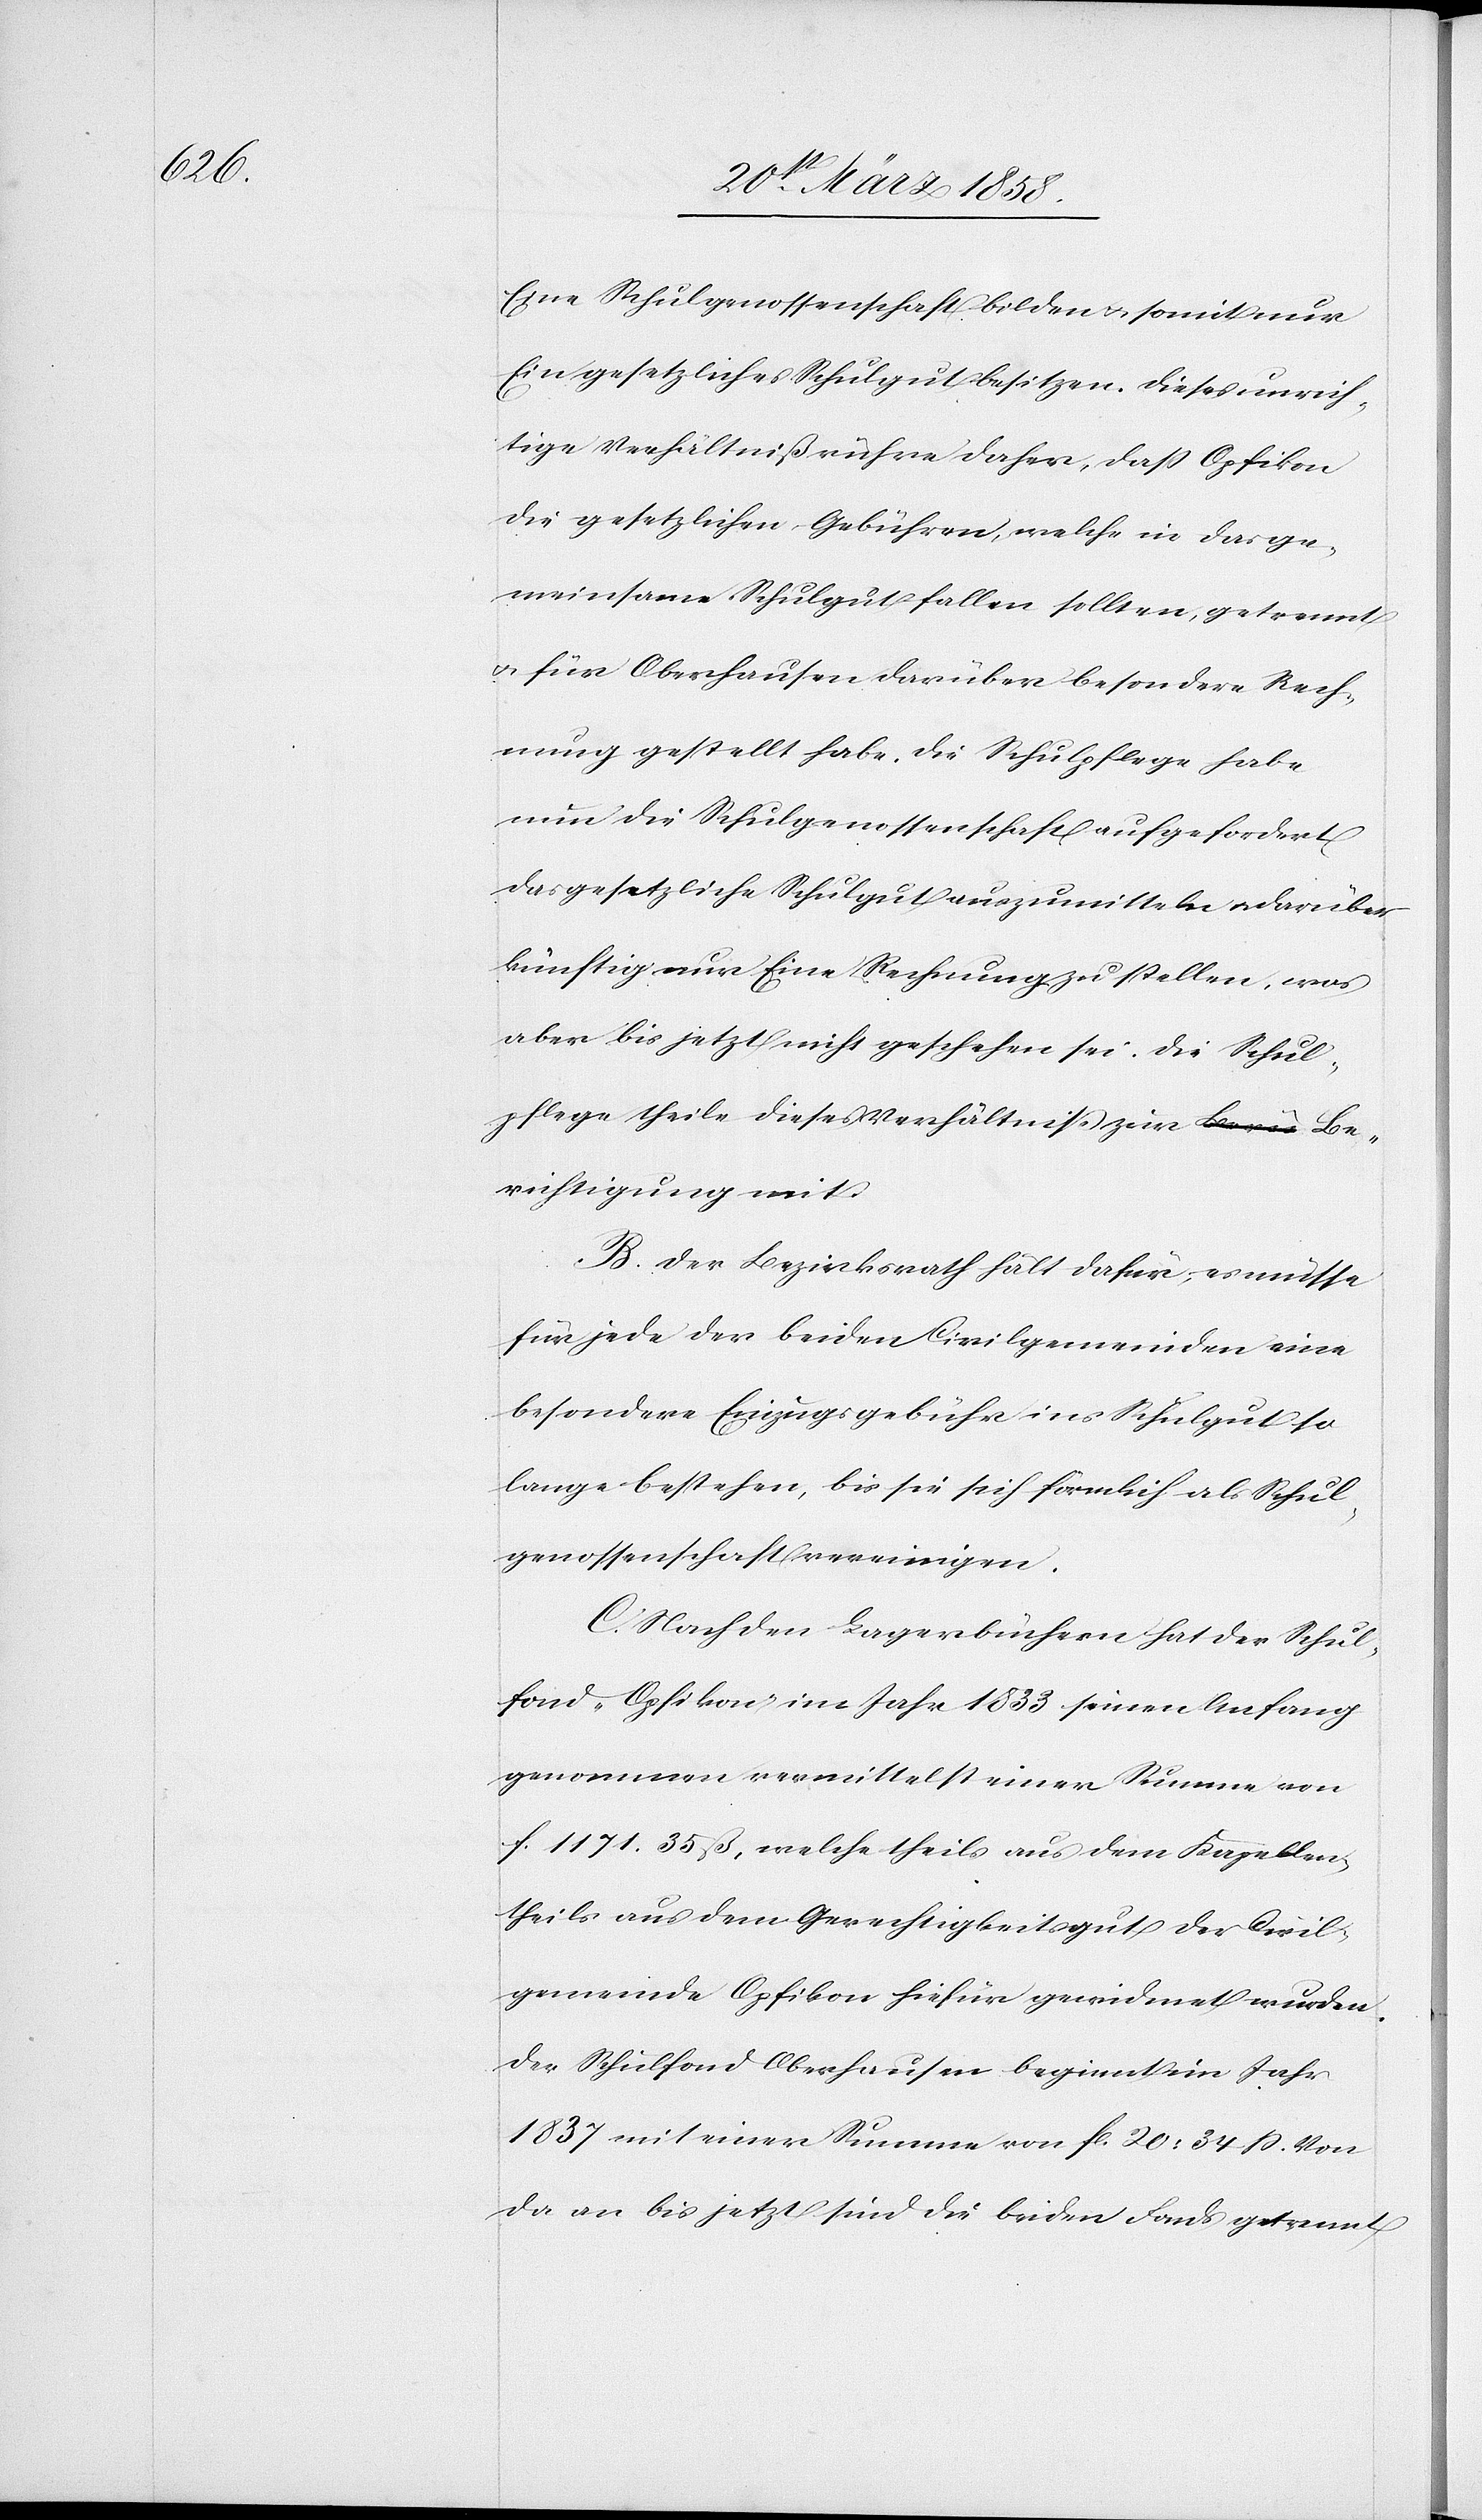
Eine Schulgenossenschaft bilden u. somit nur
Ein gesetzliches Schulgut besitzen. Dieses unrich¬
tige Verhältniß rühre daher, daß Opfikon
die gesetzlichen Gebühren, welche in das ge¬
meinsame Schulgut fallen sollten, getrennt
u. für Oberhausen darüber besondere Rech¬
nung gestellt habe. Die Schulpflege habe
nun die Schulgenossenschaft aufgefordert,
das gesetzliche Schulgut auszumitteln u. darüber
künftig nur Eine Rechnung zuzustellen, was
aber bis jetzt nicht geschehen sei. Die Schul¬
pflege theile dieses Verhältniß zur Be¬
richtigung mit.
B. Der Bezirksrath hält dafür, es müsse
für jede der beiden Civilgemeinden eine
besondere Einzugsgebühr ins Schulgut so
lange bestehen, bis sie sich förmlich als Schul¬
genossenschaft vereinigen.
C. Nach den Lagerbüchern hat der Schul¬
fond „Opfikon“ im Jahre 1833 seinen Anfang
genommen vermittelst einer Summe von
f. 1171 35 ß, welche theils aus dem Kapellen[-],
theils aus dem Gerechtigkeitsgut der Civil¬
gemeinde Opfikon hiefür gewidmet wurden.
Der Schulfond Oberhausen beginnt im Jahr
1837 mit einer Summe von fl. 20 34 ß. Von
da an bis jetzt sind die beiden Fonds getrennt